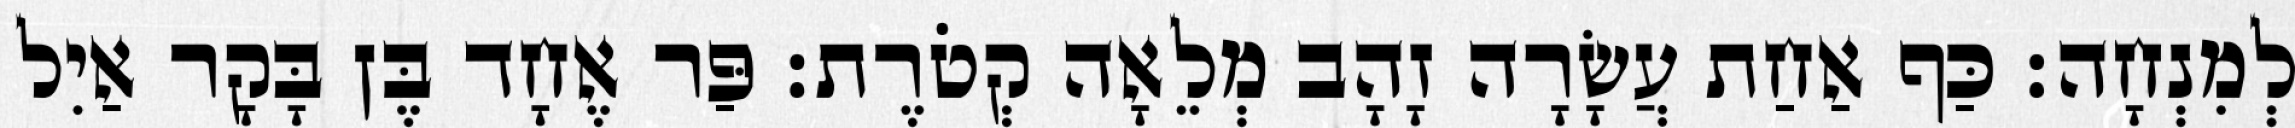
לְמִנְחָה׃ כַּף אַחַת עֲשָׂרָה זָהָב מְלֵאָה קְטֹרֶת׃ פַּר אֶחָד בֶּן בָּקָר אַיִל